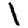
Digit: 1